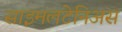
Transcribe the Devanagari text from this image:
साइमलटेनिअस